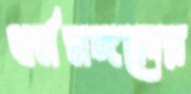
ধর্মমঙ্গলের